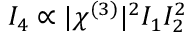
I _ { 4 } \propto | \chi ^ { ( 3 ) } | ^ { 2 } I _ { 1 } I _ { 2 } ^ { 2 }